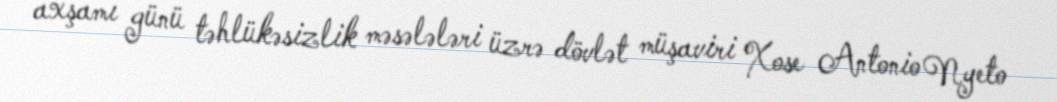
axşamı günü təhlükəsizlik məsələləri üzrə dövlət müşaviri Xose Antonio Nyeto